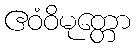
ဧဝံဝိမုတ္တော